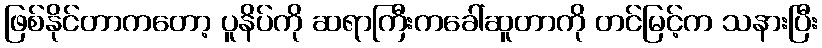
ဖြစ်နိုင်တာကတော့ ပူနိပ်ကို ဆရာကြီးကခေါ်ဆူတာကို တင်မြင့်က သနားပြီး